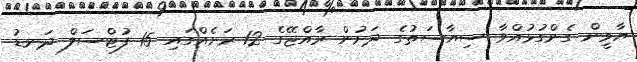
ޔާމީން ގެންގުޅުއްވާ ސިޔާސަތުގެ ދަށުން ރާއްޖޭގެ 12 ރަށެއްގައި 15 ފުޓްސަލް ދަނޑު